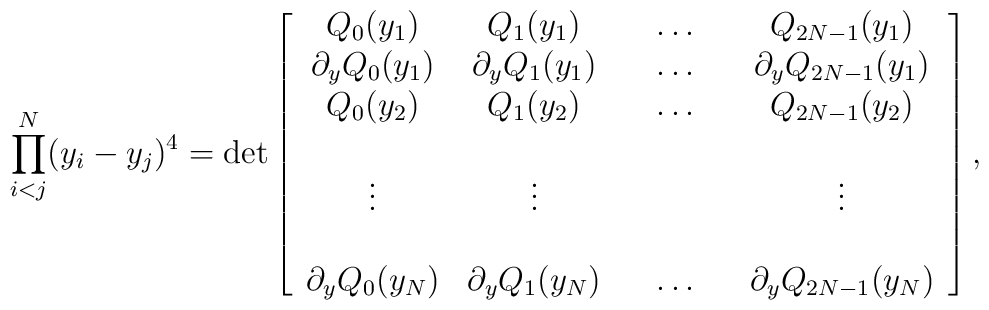
\prod _{i<j} ^{N} (y_{i} - y_{j})^{4} =\det \left[\begin{array}{cccccc}Q_{0}(y_{1}) & Q_{1}(y_{1}) & & \ldots & & Q_{2N-1}(y_{1}) \\\partial_{y} Q_{0}(y_{1}) & \partial_{y} Q_{1}(y_{1}) & & \ldots & &\partial_{y} Q_{2N-1}(y_{1}) \\Q_{0}(y_{2}) & Q_{1}(y_{2}) & & \ldots & & Q_{2N-1}(y_{2}) \\ & & & & &  \\\vdots & \vdots & & & & \vdots \\ & & & & &  \\\partial_{y} Q_{0}(y_{N}) & \partial_{y} Q_{1}(y_{N}) & & \ldots & &\partial_{y} Q_{2N-1}(y_{N})\end{array}\right],